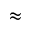
\approx